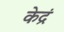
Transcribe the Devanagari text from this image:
केद्रं